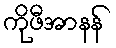
ကိုဖီအာနန်